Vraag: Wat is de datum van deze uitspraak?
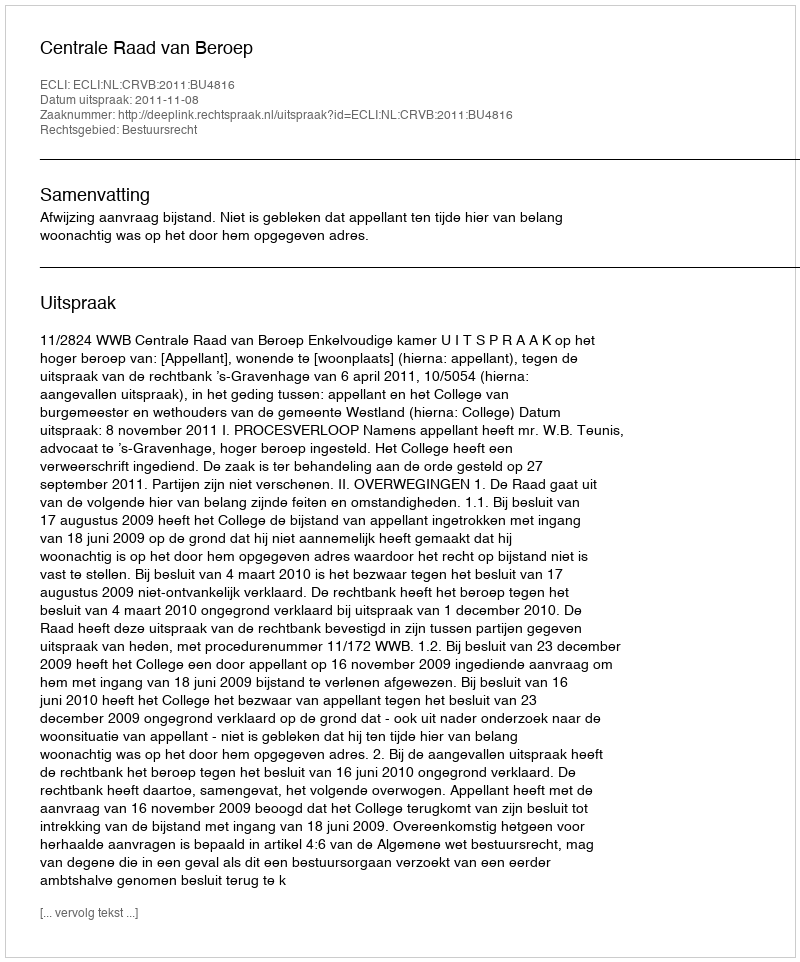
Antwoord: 2011-11-08